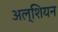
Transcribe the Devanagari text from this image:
अल्शियन